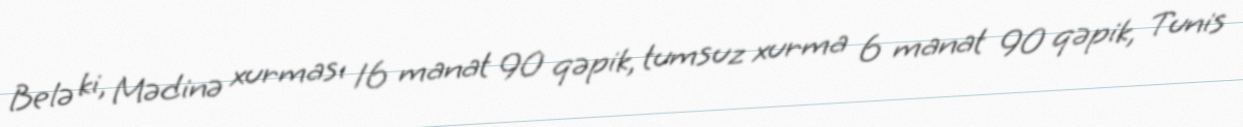
Belə ki, Mədinə xurması 16 manat 90 qəpik, tumsuz xurma 6 manat 90 qəpik, Tunis